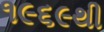
૧૯૬૯થી